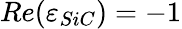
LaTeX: Re(\varepsilon_{SiC})=-1